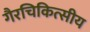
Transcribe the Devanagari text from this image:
गैरचिकित्सीय